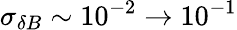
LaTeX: \sigma_{\delta B}\sim 10^{-2}\rightarrow 10^{-1}